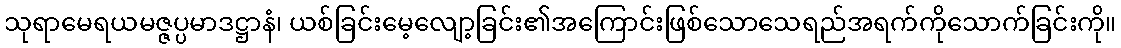
သုရာမေရယမဇ္ဇပ္ပမာဒဋ္ဌာနံ၊ ယစ်ခြင်းမေ့လျော့ခြင်း၏အကြောင်းဖြစ်သောသေရည်အရက်ကိုသောက်ခြင်းကို။